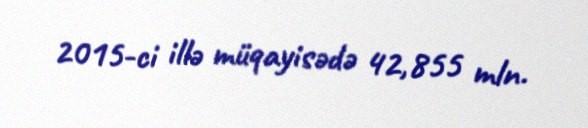
2015-ci illə müqayisədə 42,855 mln.